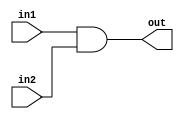
/*
    CS/ECE 552 Spring '23
    Homework #1, Problem 1

    2 input AND
*/
`default_nettype none
module and2 (out,in1,in2);
    output wire out;
    input wire in1,in2;
    assign out = (in1 & in2);
endmodule
`default_nettype wire